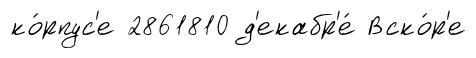
ко́рпус'е 2861810 д'екабр'е́ Вско́р'е